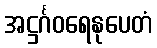
အဋ္ဌင်္ဂဝရေနုပေတံ